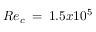
R e _ { c } \: = \: 1 . 5 x 1 0 ^ { 5 }